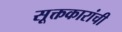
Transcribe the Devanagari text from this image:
सूक्तकारांची